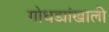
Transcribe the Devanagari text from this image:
गोधड्यांखाली